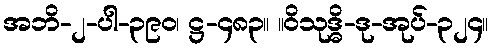
အဘိ-၂-ပါ-၃၉၀၊ ဋ္ဌ-၄၈၃။ ။ဝိသုဒ္ဓိ-ဒု-အုပ်-၃၂၄။